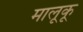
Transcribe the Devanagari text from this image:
मालूकू